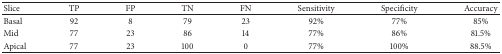
| Slice | TP | FP | TN | FN | Sensitivity | Specificity | Accuracy |
 | --- | --- | --- | --- | --- | --- | --- | --- |
 | Basal | 92 | 8 | 79 | 23 | 92% | 77% | 85% |
 | Mid | 77 | 23 | 86 | 14 | 77% | 86% | 81.5% |
 | Apical | 77 | 23 | 100 | 0 | 77% | 100% | 88.5% |